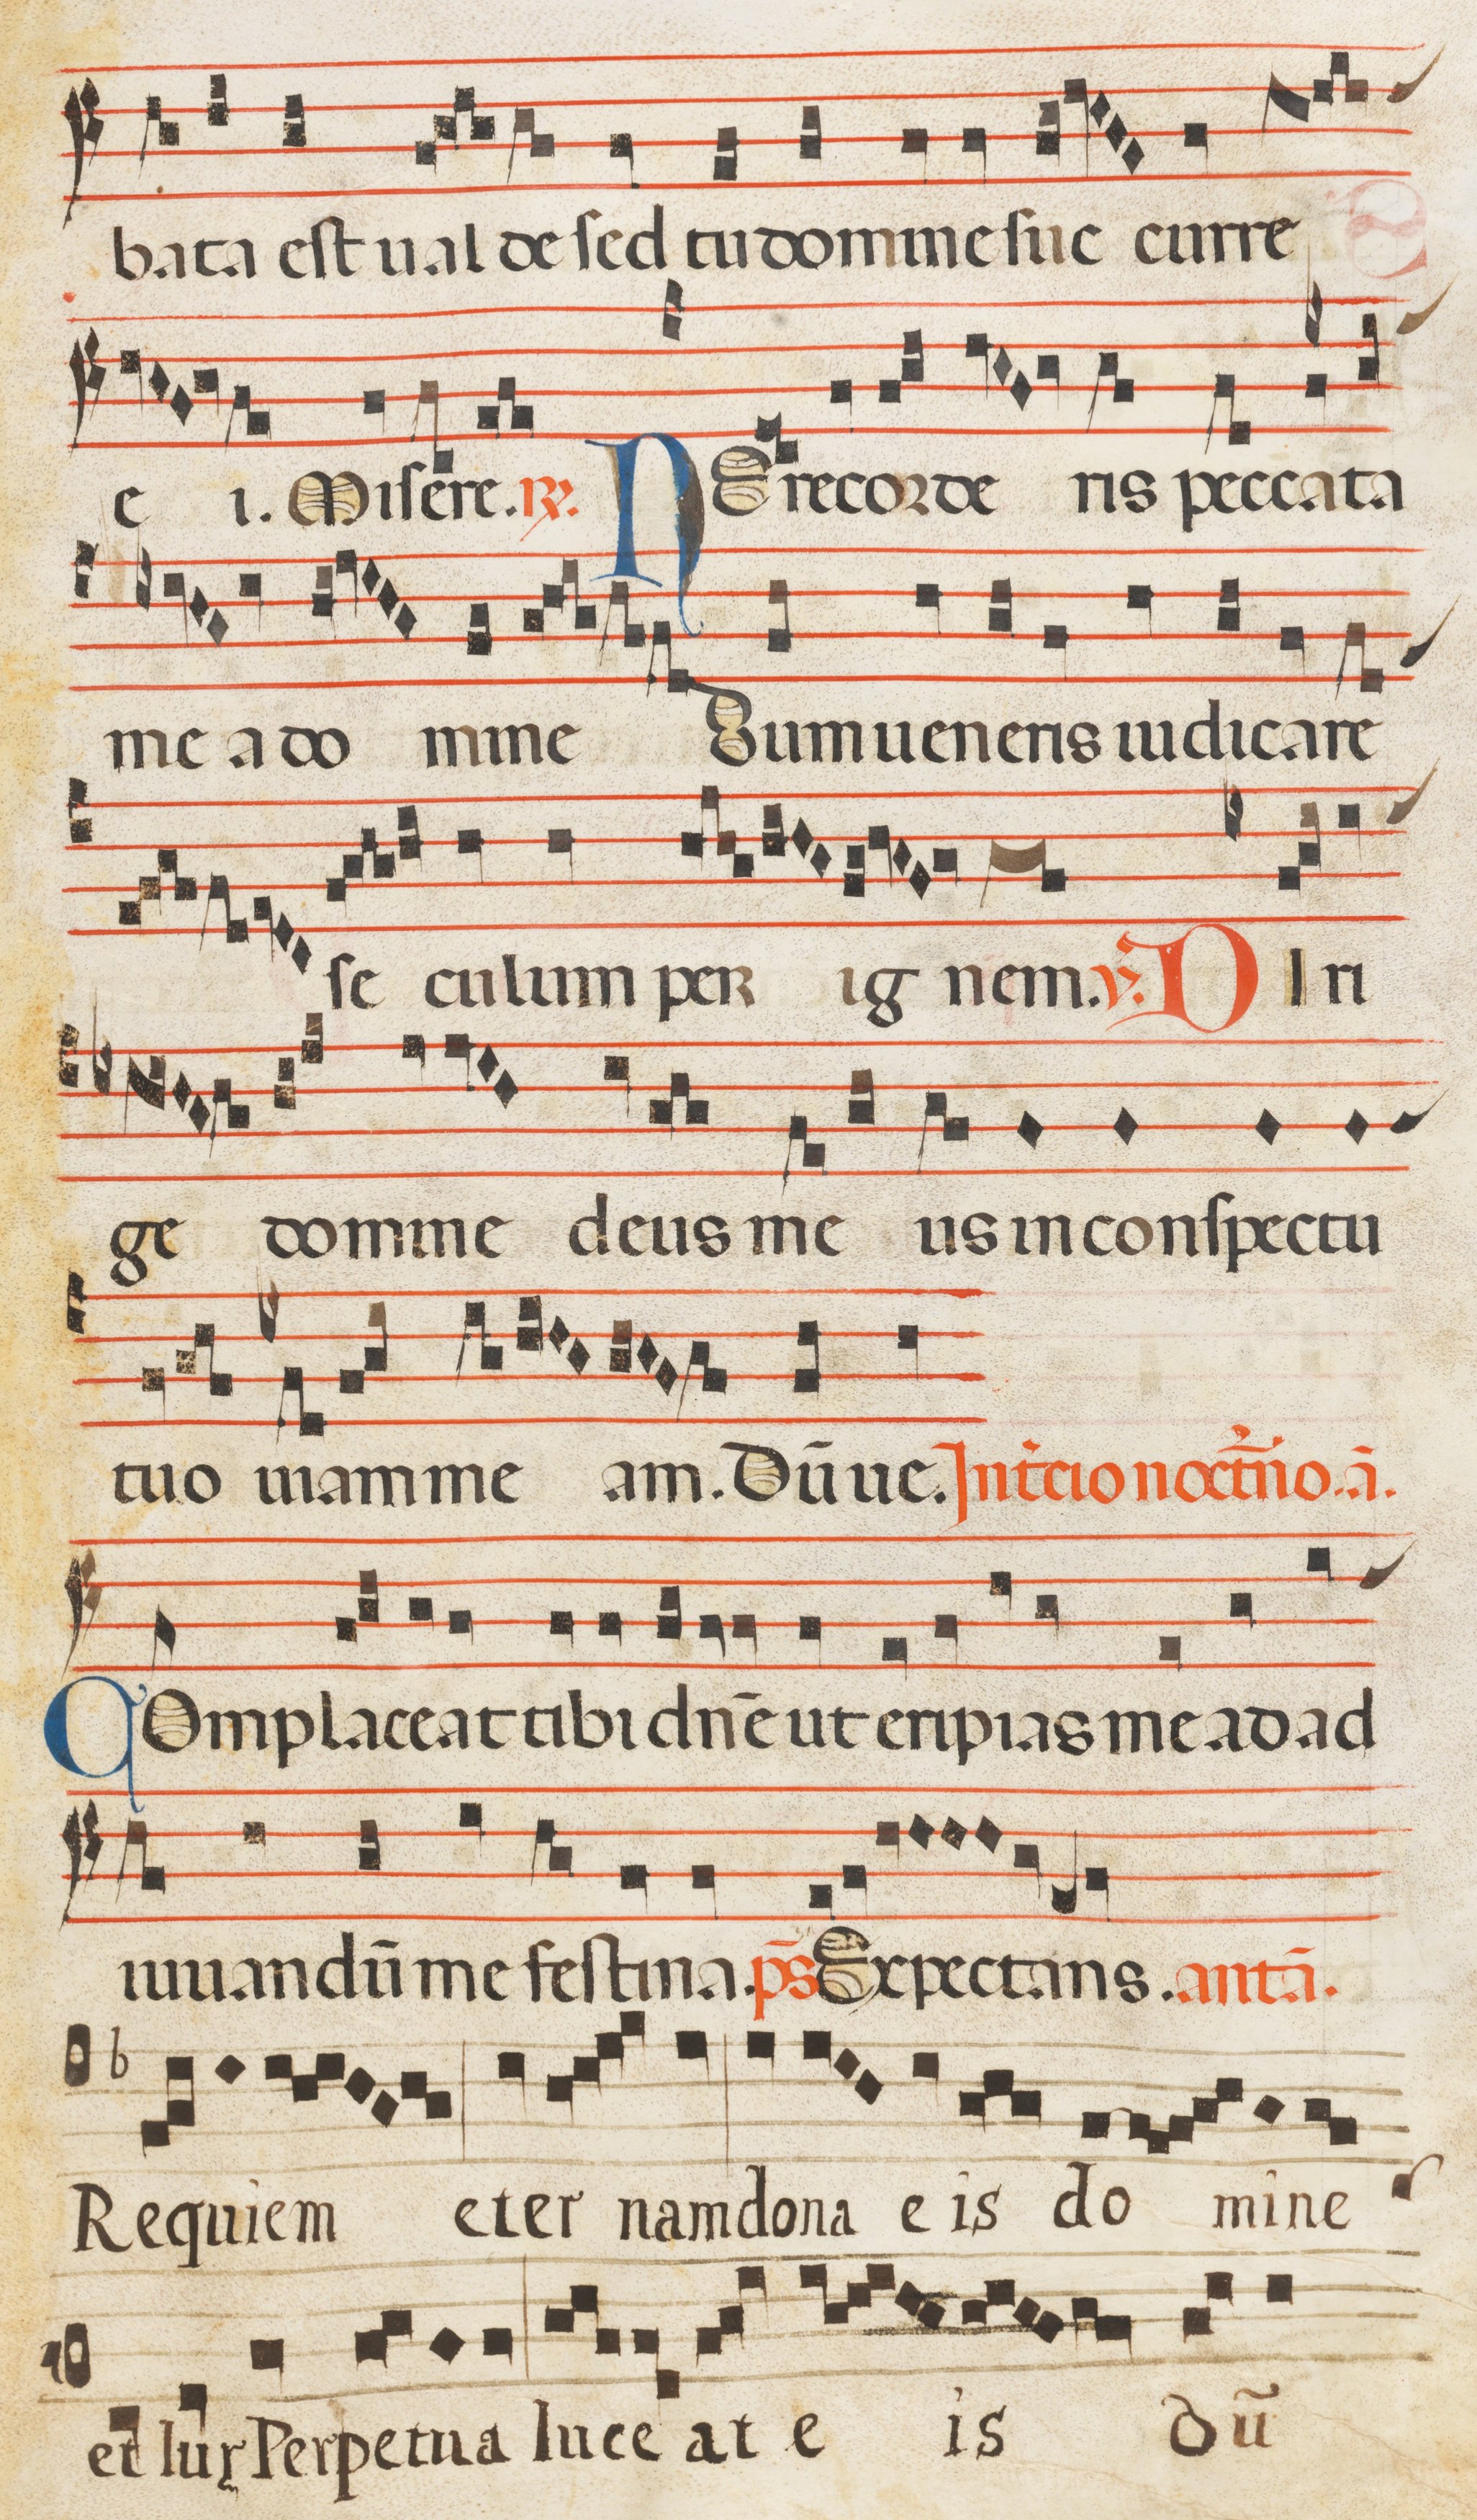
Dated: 1300–1330